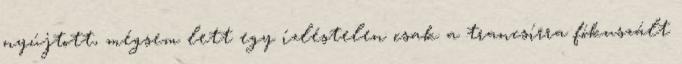
nyújtott, mégsem lett egy ízléstelen csak a trancsírra fókuszált